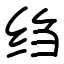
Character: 绉